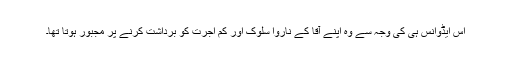
اس ایڈوانس ہی کی وجہ سے وہ اپنے آقا کے ناروا سلوک اور کم اجرت کو برداشت کرنے پر مجبور ہوتا تھا۔